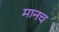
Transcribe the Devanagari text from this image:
मानच